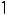
1